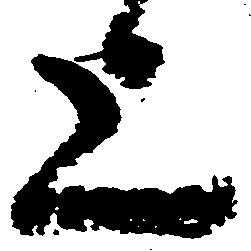
上